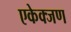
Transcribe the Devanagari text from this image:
एकेक्जण